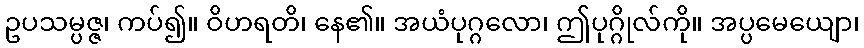
ဥပသမ္ပဇ္ဇ၊ ကပ်၍။ ဝိဟရတိ၊ နေ၏။ အယံပုဂ္ဂလော၊ ဤပုဂ္ဂိုလ်ကို။ အပ္ပမေယျော၊